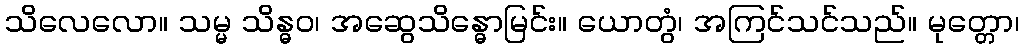
သိလေလော။ သမ္မ သိန္ဓဝ၊ အဆွေသိန္ဓောမြင်း။ ယောတွံ၊ အကြင်သင်သည်။ မုတ္တော၊